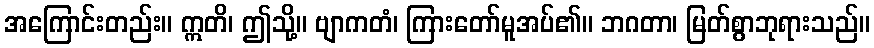
အကြောင်းတည်း။ ဣတိ၊ ဤသို့။ ဗျာကတံ၊ ကြားတော်မူအပ်၏။ ဘဂတာ၊ မြတ်စွာဘုရားသည်။